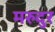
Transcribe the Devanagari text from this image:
मरुदुर